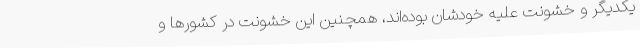
یکدیگر و خشونت علیه خودشان بوده‌اند، همچنین این خشونت در کشورها و